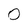
Character: 0